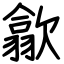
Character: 歙